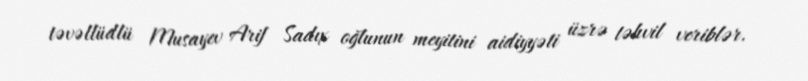
təvəllüdlü Musayev Arif Sadıx oğlunun meyitini aidiyyəti üzrə təhvil veriblər.